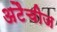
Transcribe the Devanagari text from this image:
अटैचीज